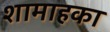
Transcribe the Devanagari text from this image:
शामाहका